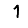
Digit: 1